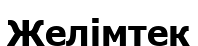
Желімтек